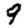
Digit: 9